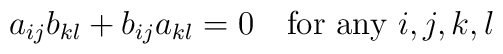
a_{ij}b_{kl}+b_{ij}a_{kl}=0 \quad \mbox{for any} \ i,j,k,l